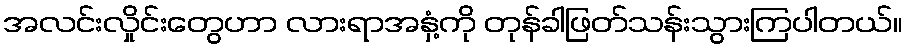
အလင်းလှိုင်းတွေဟာ လားရာအနှံ့ကို တုန်ခါဖြတ်သန်းသွားကြပါတယ်။